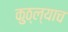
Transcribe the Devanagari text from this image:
कुठ्ल्याच